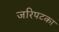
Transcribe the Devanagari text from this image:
जरिपटका